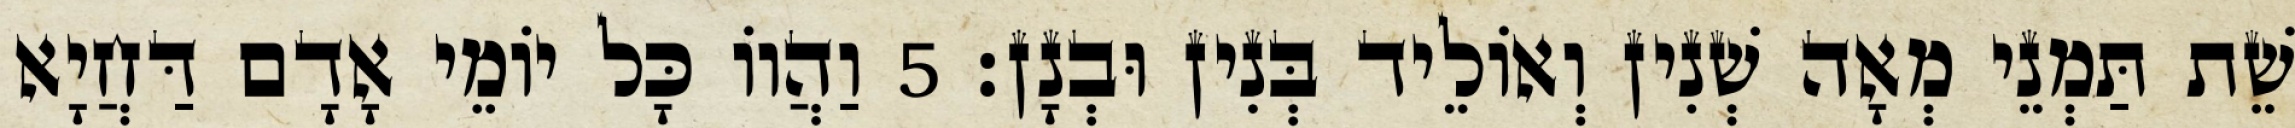
שֵׁת תַּמְנֵי מְאָה שְׁנִין וְאוֹלֵיד בְּנִין וּבְנָן׃ 5 וַהֲווֹ כָּל יוֹמֵי אָדָם דַּחֲיָא